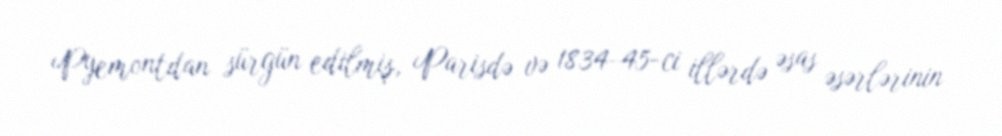
Pyemontdan sürgün edilmiş, Parisdə və 1834–45-ci illərdə əsas əsərlərinin